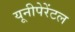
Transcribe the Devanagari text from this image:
यूनीपेरेंटल